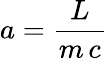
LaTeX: a={\frac{L}{m\, c}}